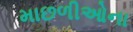
માછળીઓના